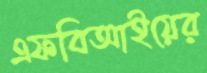
এফবিআইয়ের